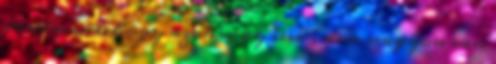
irreleváns, hogy azok vagy sem , nem nagyon van